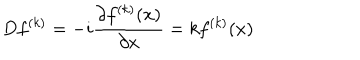
LaTeX: D f ^ { ( k ) } = - i \frac { \partial f ^ { ( k ) } ( x ) } { \partial x } = k f ^ { ( k ) } ( x )